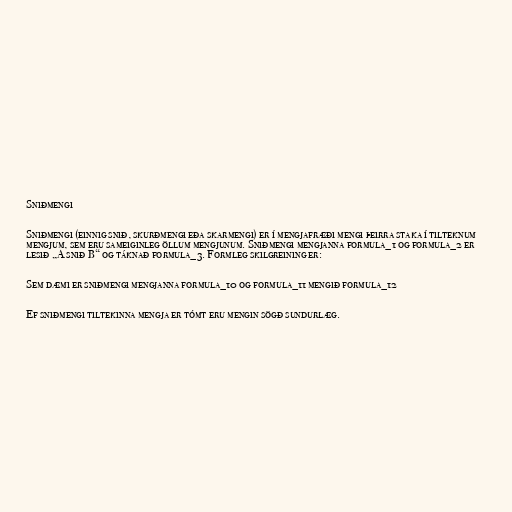
Sniðmengi

Sniðmengi (einnig snið, skurðmengi eða skarmengi) er í mengjafræði mengi þeirra staka í tilteknum
mengjum, sem eru sameiginleg öllum mengjunum. Sniðmengi mengjanna formula_1 og formula_2 er
lesið „A snið B“ og táknað formula_3. Formleg skilgreining er:

Sem dæmi er sniðmengi mengjanna formula_10 og formula_11 mengið formula_12

Ef sniðmengi tiltekinna mengja er tómt eru mengin sögð sundurlæg.